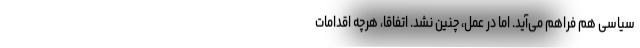
سیاسی هم فراهم می‌آید. اما در عمل، چنین نشد. اتفاقا، هرچه اقدامات